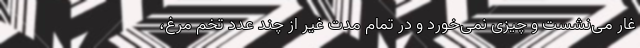
غار می‌نشست و چیزی نمی‌خورد و در تمام مدت غیر از چند عدد تخم مرغ،